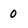
Character: o